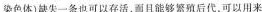
染色体)缺失一条也可以存活，而且能够繁殖后代，可以用来